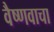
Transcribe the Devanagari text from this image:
वैष्णवाचा